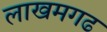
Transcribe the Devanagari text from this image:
लाखमगढ